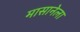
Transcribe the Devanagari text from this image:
मासानेला